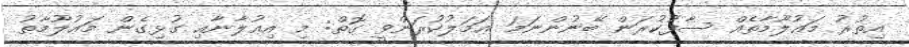
އިތުރު މަޢުލޫމާތެއް ސާފުކުރަން ބޭނުންނަމަ ޢަމަލުކުރަންވީ ގޮތް: މި އިޢުލާނާއި ގުޅިގެން މަޢުލޫމާތު